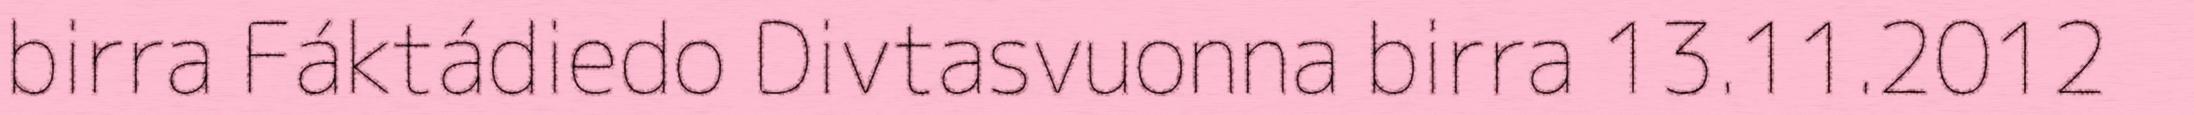
birra Fáktádiedo Divtasvuonna birra 13.11.2012